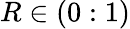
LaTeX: R\in(0:1)